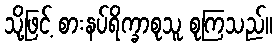
သို့ဖြင့် စားနပ်ရိက္ခာစုသူ စုကြသည်။